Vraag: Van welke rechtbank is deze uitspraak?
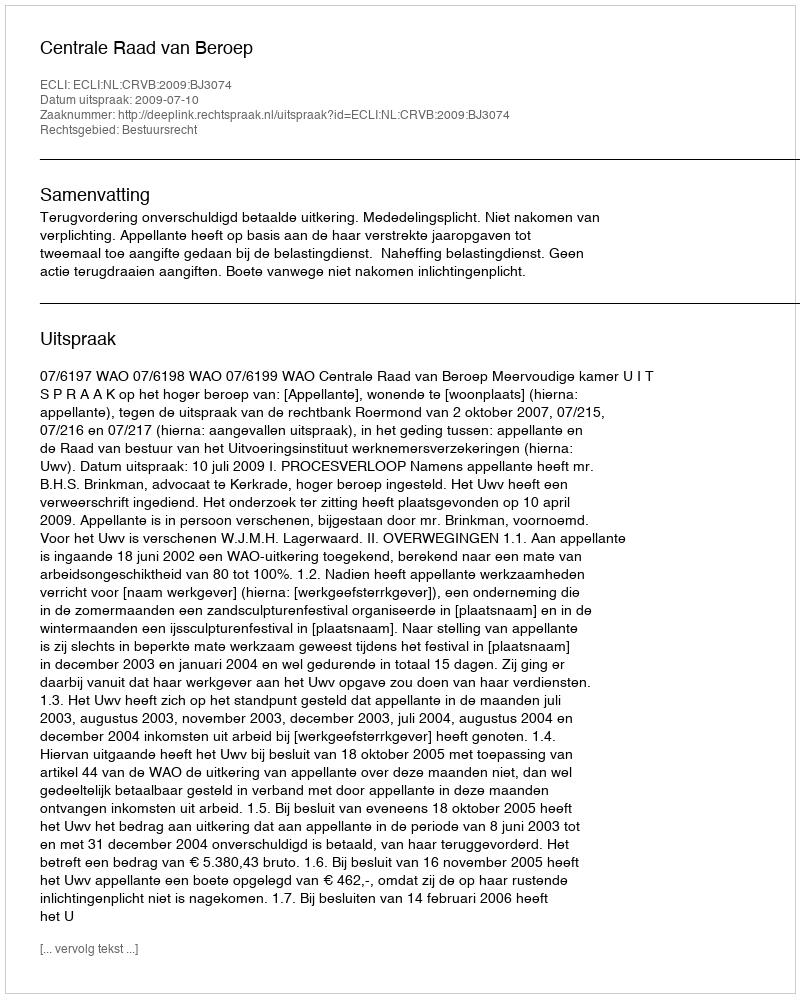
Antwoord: Centrale Raad van Beroep